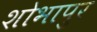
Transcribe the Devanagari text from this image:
शोभापुर